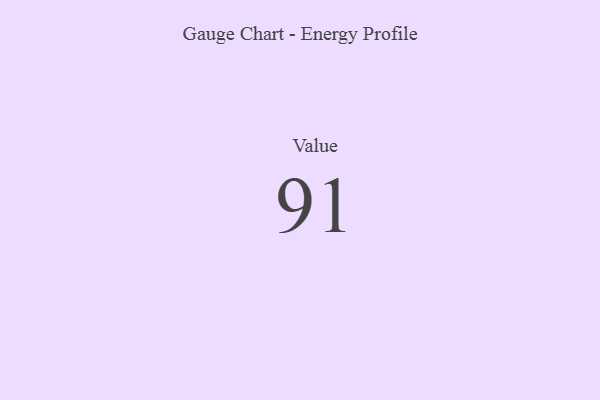
{"axis": {"x": "Metric", "y": "Value"}, "legend": [""], "data": [{"x": "Value", "y": 91, "type": ""}]}